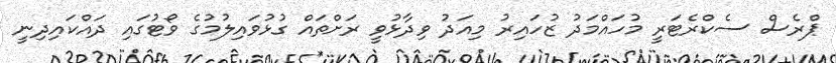
ޕްރެސް ސެކްރެޓަރީ މުހައްމަދު ޒުހައިރު މިއަދު ވިދާޅުވީ ރަށްތައް ގުޅުވައިލުމުގެ ވޯޓުގައި ދައްކައިދިނީ